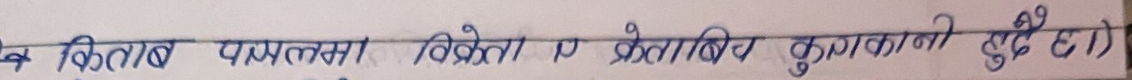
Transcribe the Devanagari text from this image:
किताब पछ्यलमा विक्रेता र क्रेताबिच कुराकानी हुँदै छ )